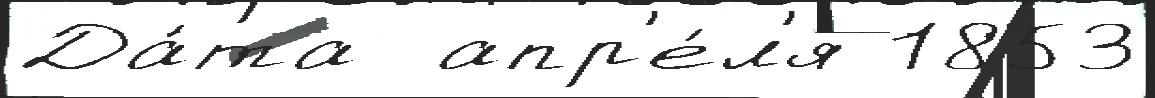
Да́та  апр'е́л'я 1853